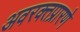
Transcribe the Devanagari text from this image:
अवरक्तप्रारणे